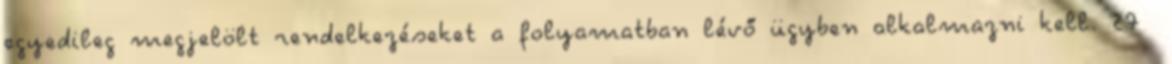
egyedileg megjelölt rendelkezéseket a folyamatban lévő ügyben alkalmazni kell. 27